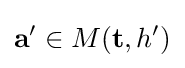
\mathbf {a'} \in M(\mathbf {t} ,h')